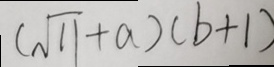
( \sqrt { 1 1 } + a ) ( b + 1 )